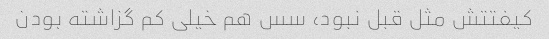
کیفتتش مثل قبل نبود، سس هم خیلی کم گزاشته بودن